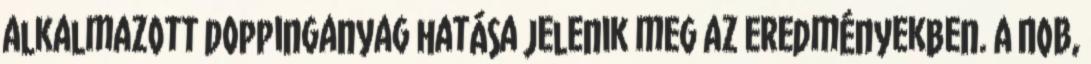
alkalmazott doppinganyag hatása jelenik meg az eredményekben. A NOB,